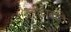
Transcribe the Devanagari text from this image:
काळाकोट